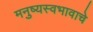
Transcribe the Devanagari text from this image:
मनुष्यस्वभावाचे